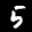
Label: 5